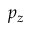
p _ { z }